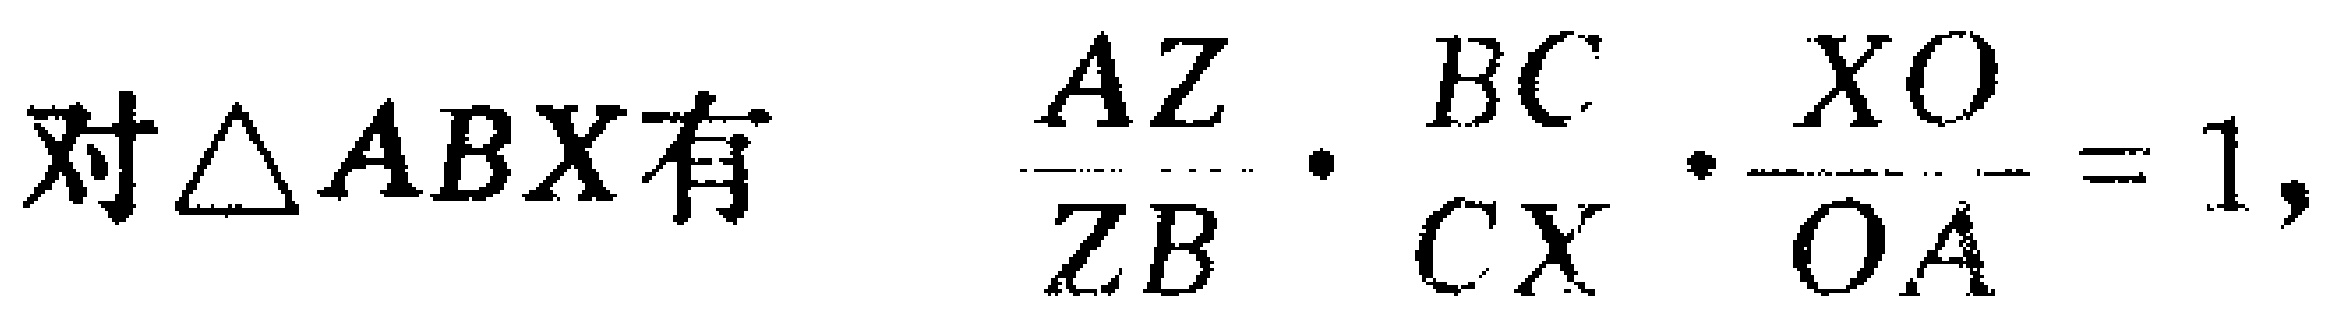
对\(\triangle ABX\)有 \(\frac{AZ}{ZB}\cdot\frac{BC}{CX}\cdot\frac{XO}{OA}=1\)，